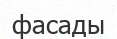
фасады